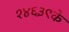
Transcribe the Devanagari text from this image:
१४६३९के